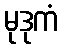
မုဒုကံ